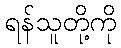
ရန်သူတို့ကို